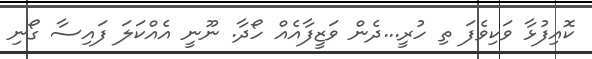
ކޮއިފުޅާ ވަކިވެފަ ތި ހުރީ...ދެން ވަޒީފާއެއް ހޯދާ. ނޫނީ އެއްކަލަ ފައިސާ ގޯނި